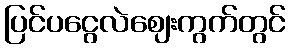
ပြင်ပငွေလဲဈေးကွက်တွင်